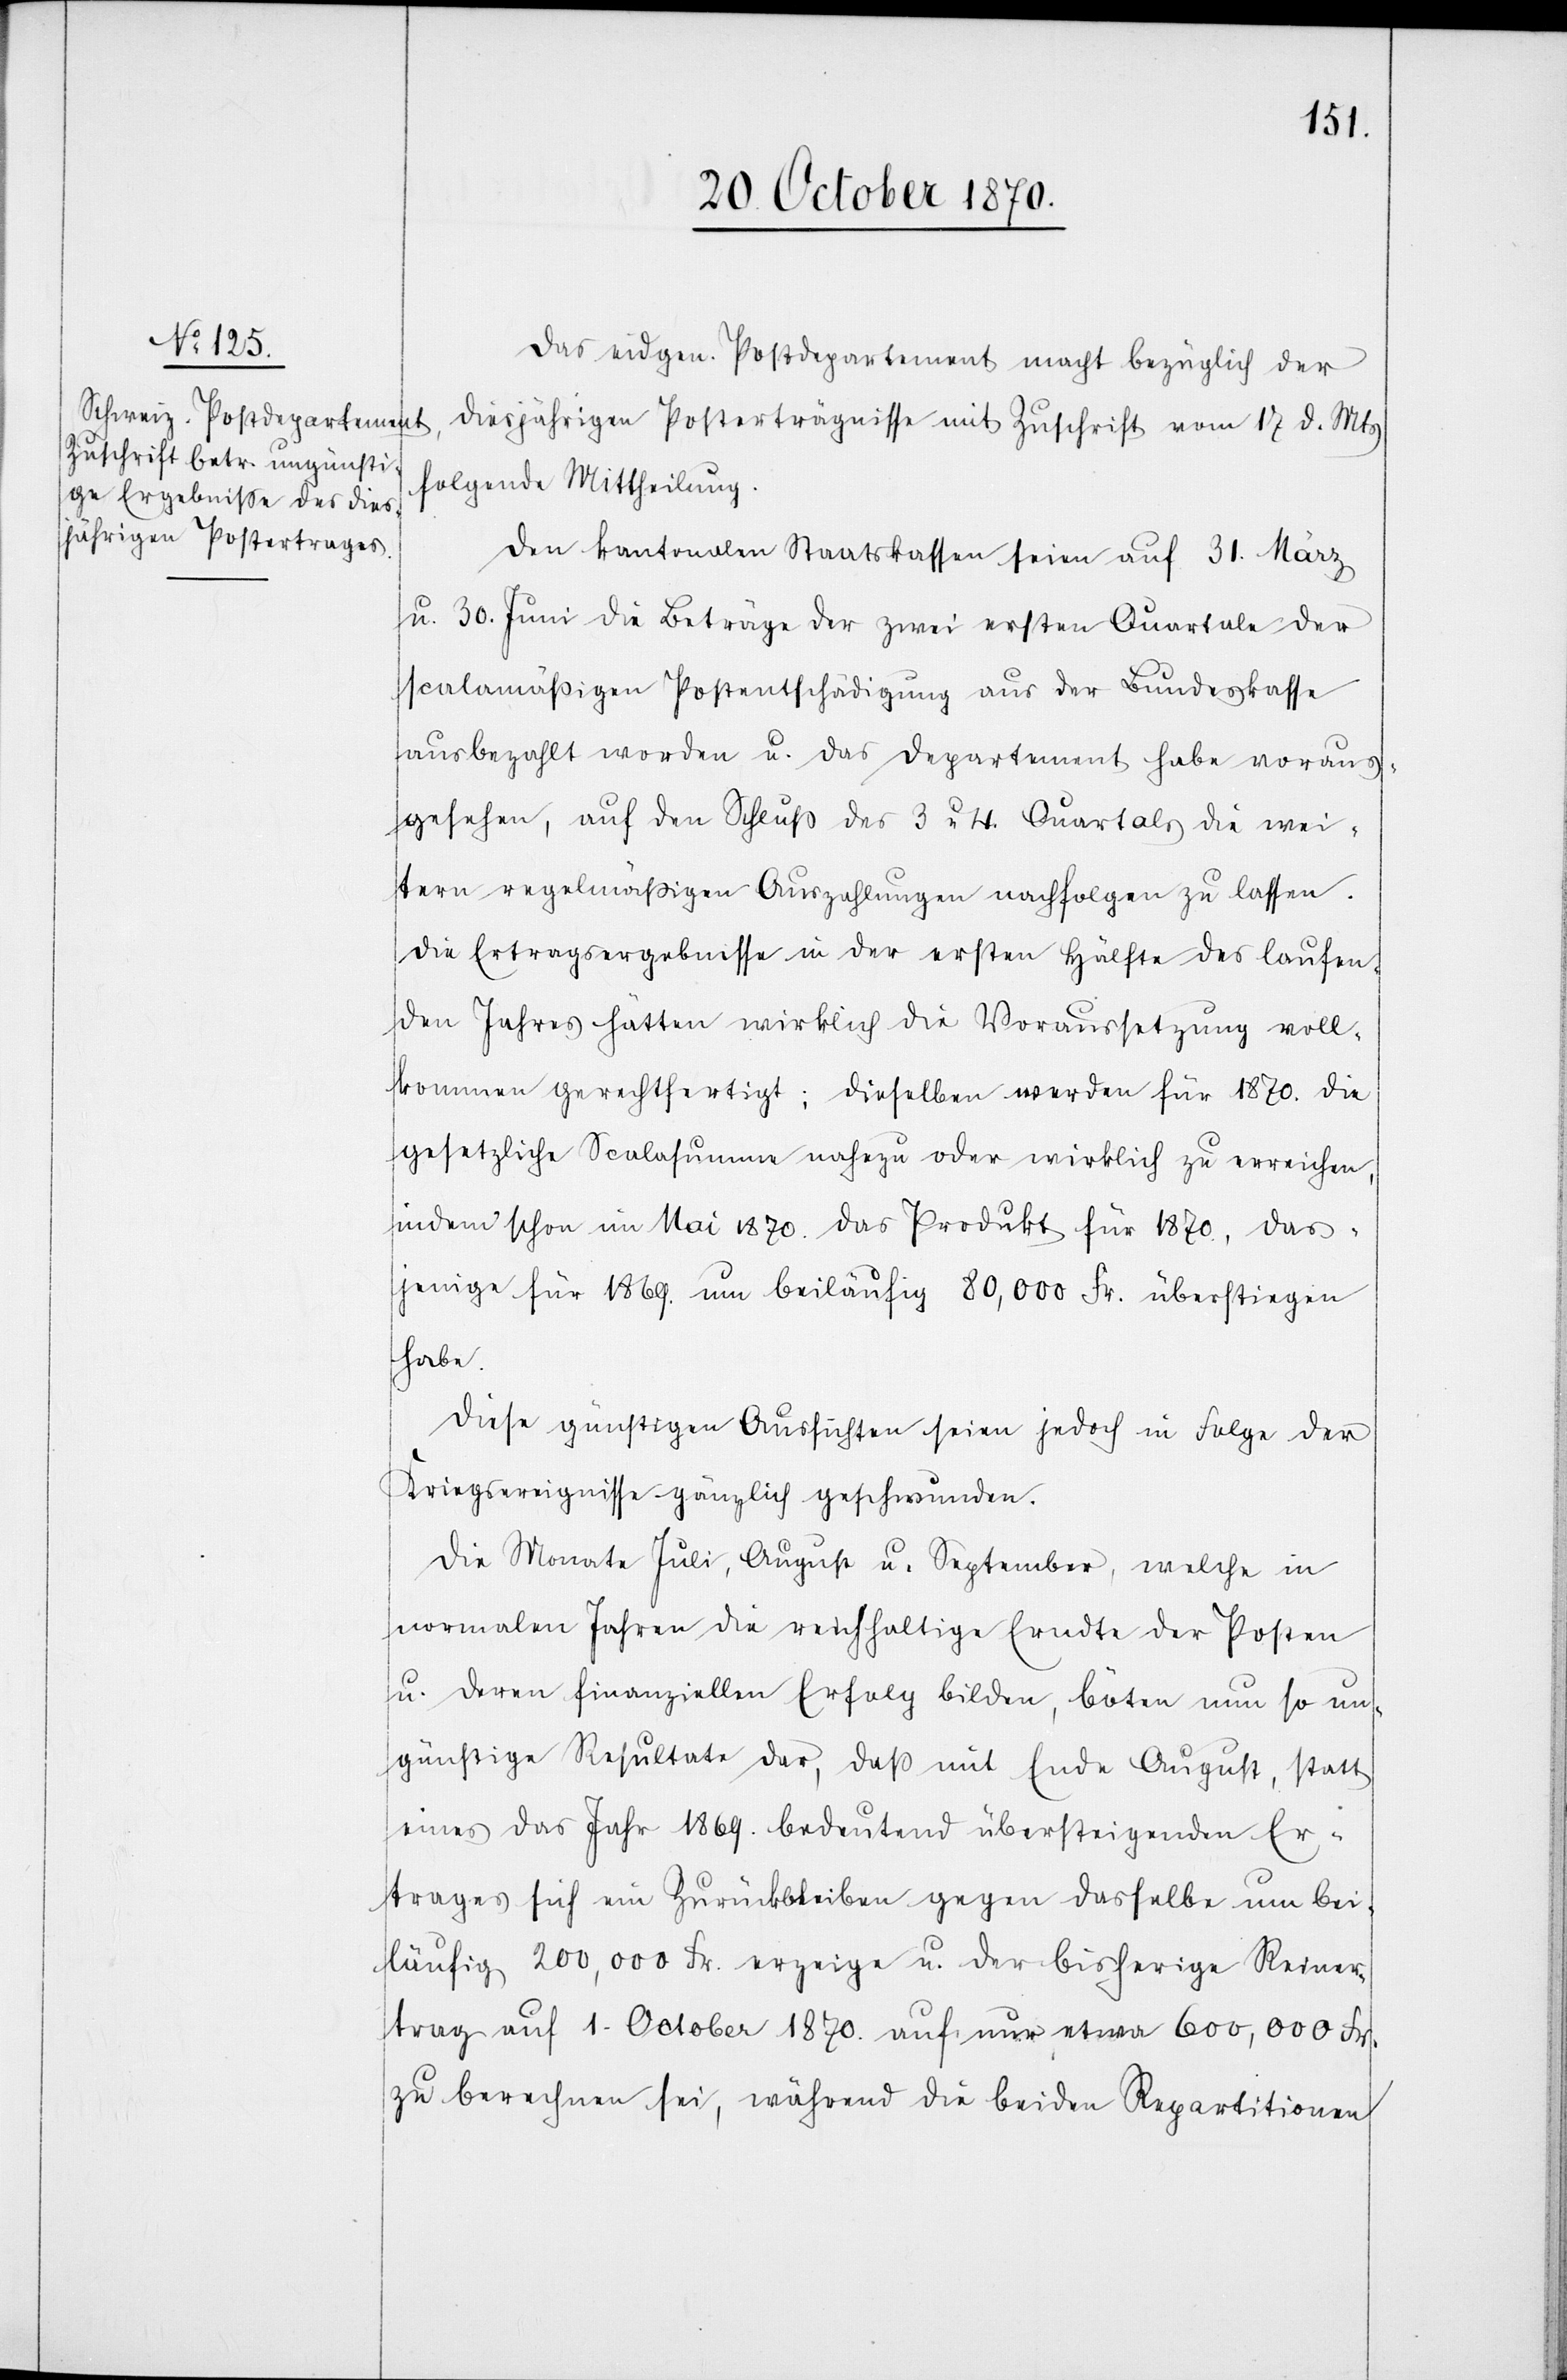
Das eidgen. Postdepartement macht bezüglich der
diesjährigen Posterträgnisse mit Zuschrift vom 17. d. Mts
folgende Mittheilung.
Den kantonalen Staatskassen seien auf 31. März
u. 30. Juni die Beträge der zwei ersten Quartale der
scalamäßigen Postentschädigung aus der Bundeskasse
ausbezahlt worden u. das Departement habe voraus¬
gesehen, auf den Schluß des 3 u. 4. Quartals die wei¬
tern regelmäßigen Auszahlungen nachfolgen zu lassen.
Die Ertragsergebnisse in der ersten Hälfte des laufen¬
den Jahres hätten wirklich die Voraussetzung voll¬
kommen gerechtfertigt; dieselben werden für 1870. die
gesetzliche Scalasumme nahezu oder wirklich zu erreichen,
indem schon im Mai 1870. das Produkt für 1870. das¬
jenige für 1869. um beiläufig 80,000 Fr. überstiegen
habe.
Diese günstigen Aussichten seien jedoch in Folge der
Kriegsereignisse gänzlich geschwunden.
Die Monate Juli, August u. September, welche in
normalen Jahren die reichhaltige Erndte der Posten
u. deren finanziellen Erfolg bilden, böten nun so un¬
günstige Resultate dar, daß mit Ende August, statt
eines das Jahr 1869. bedeutend übersteigenden Er¬
trages sich ein Zurückbleiben gegen dasselbe um bei¬
läufig 200,000 Fr. erzeige u. der bisherige Reiner¬
trage auf 1. October 1870. auf nun etwa 600,000 Fr.
zu berechnen sei, während die beiden Repartitionen